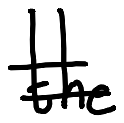
Text: the
Cross-out: double-line
Writing tool: digital_black